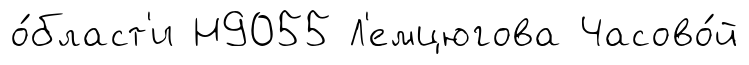
о́бласт'и Н9055 Л'емцюгова Часово́й